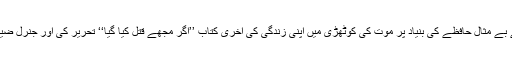
نامساعد حالات اور ذہنی اذیت کے باوجود بھٹو شہید نے اپنے بے مثال حافظے کی بنیاد پر موت کی کوٹھڑی میں اپنی زندگی کی آخری کتاب ’’اگر مجھے قتل کیا گیا‘‘ تحریر کی اور جنرل ضیاء الحق کے بے بنیاد پروپیگنڈے کا مؤثر اور مدلل جواب دیا۔